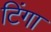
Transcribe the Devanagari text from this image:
टिंगा